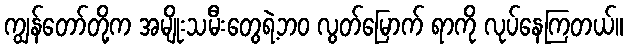
ကျွန်တော်တို့က အမျိုးသမီးတွေရဲ့ဘဝ လွတ်မြောက် ရာကို လုပ်နေကြတယ်။